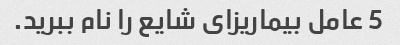
5 عامل بیماریزای شایع را نام ببرید.